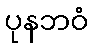
ပုနဘဝံ